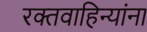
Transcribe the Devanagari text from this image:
रक्तवाहिन्यांना